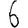
Digit: 6